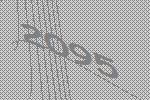
2095